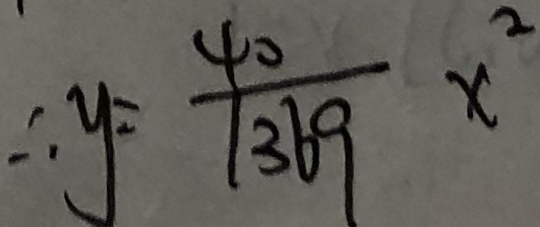
\therefore y = \frac { 4 0 } { 1 3 6 9 } x ^ { 2 }